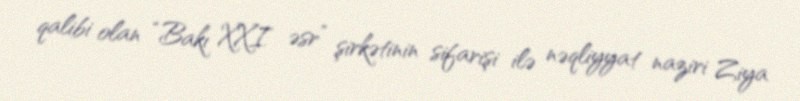
qalibi olan “Bakı XXI əsr” şirkətinin sifarişi ilə nəqliyyat naziri Ziya